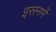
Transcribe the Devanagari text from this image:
इसनमें